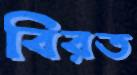
বিরত